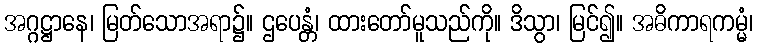
အဂ္ဂဋ္ဌာနေ၊ မြတ်သောအရာ၌။ ဌပေန္တံ၊ ထားတော်မူသည်ကို။ ဒိသွာ၊ မြင်၍။ အဓိကာရကမ္မံ၊